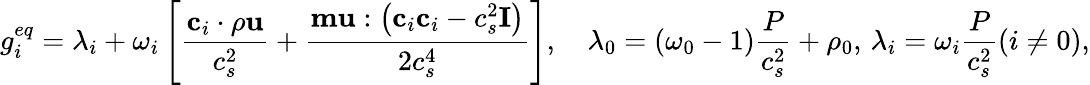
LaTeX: g_{i}^{eq}=\lambda_{i}+\omega_{i}\left[\frac{\mathbf{c}_{i}\cdot\rho\mathbf{u}}{c_{s}^{2}}+\frac{\mathbf{m}\mathbf{u}:\left(\mathbf{c}_{i}\mathbf{c}_{i}-c_{s}^{2}\mathbf{I}\right)}{2c_{s}^{4}}\right],\quad\lambda_{0}=\left(\omega_{0}-1\right)\frac{P}{c_{s}^{2}}+\rho_{0},\, \lambda_{i}=\omega_{i}\frac{P}{c_{s}^{2}}(i\neq 0),